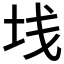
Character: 𱖒